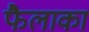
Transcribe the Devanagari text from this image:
फैलाका